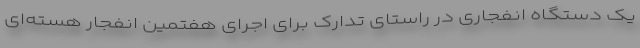
یک دستگاه انفجاری در راستای تدارک برای اجرای هفتمین انفجار هسته‌ای